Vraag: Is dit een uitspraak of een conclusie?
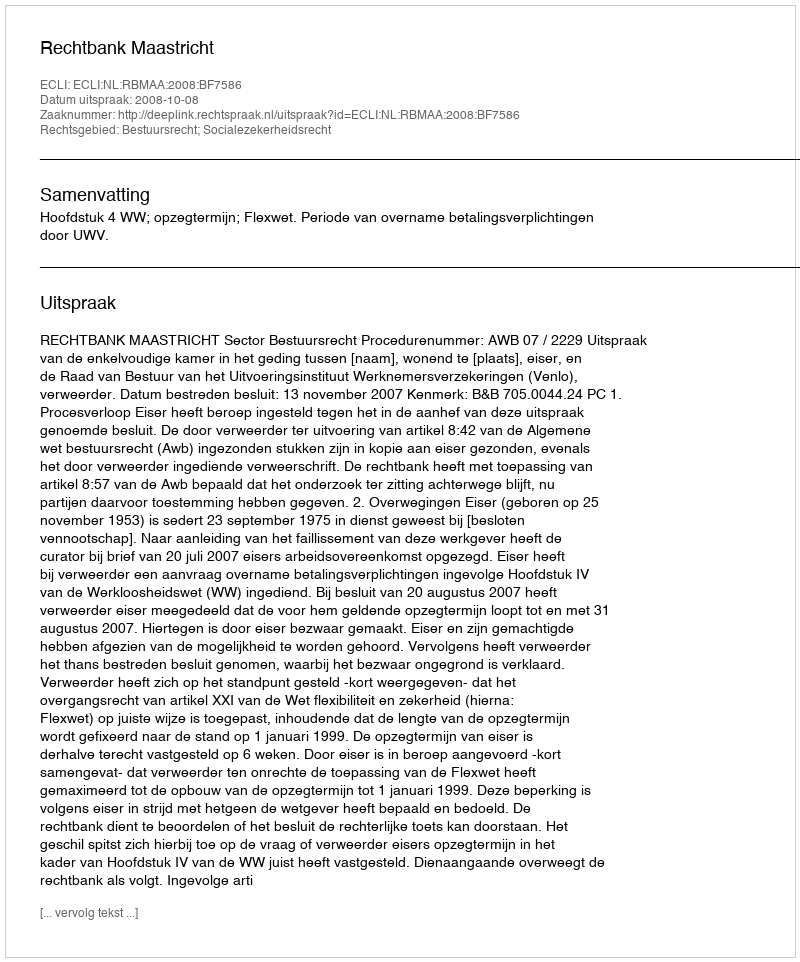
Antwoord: Uitspraak